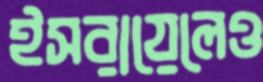
ইসরায়েলেও